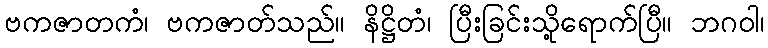
ဗကဇာတကံ၊ ဗကဇာတ်သည်။ နိဋ္ဌိတံ၊ ပြီးခြင်းသို့ရောက်ပြီ။ ဘဂဝါ၊